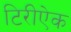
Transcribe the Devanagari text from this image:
टिरीऐक